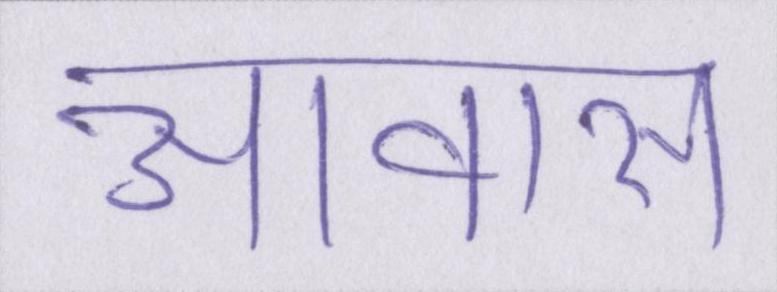
आवास